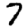
Digit: 7